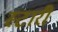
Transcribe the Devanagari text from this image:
स्टारी